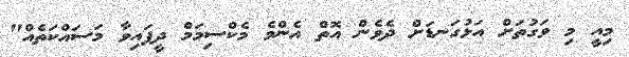
މިއީ މި ވަގުތަށް އަޅުގަނޑަށް ދެވެން އޮތް އެންމެ މެކްސިމަމް ދީފައިވާ މަސައްކަތެއް"